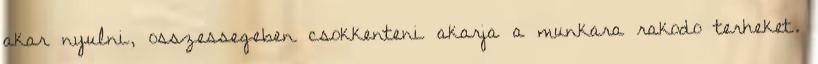
akar nyulni, osszessegeben csokkenteni akarja a munkara rakodo terheket.